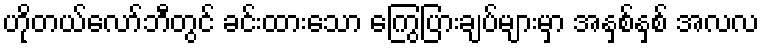
ဟိုတယ်လော်ဘီတွင် ခင်းထားသော ကြွေပြားချပ်များမှာ အနှစ်နှစ် အလလ